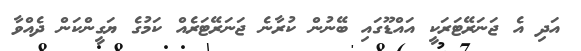
އަދި އެ ޖަނަރޭޓަރަކީ އައްޑޫގައި ބޭނުން ކުރާނެ ޖަނަރޭޓަރެއް ކަމުގެ ޔަގީންކަން ދެއްވާ